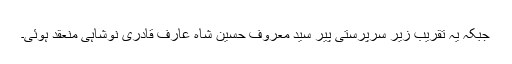
جبکہ یہ تقریب زیر سرپرستی پیر سید معروف حسین شاہ عارف قادری نوشاہی منعقد ہوئی۔